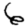
Digit: 6